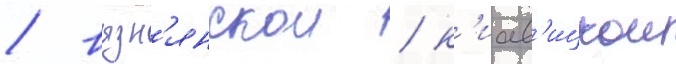
/ вызн'янскои / к'иав'ицкои